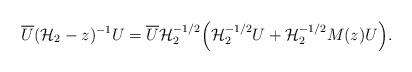
LaTeX: \begin{align*}\overline{U} (\mathcal{H}_{2} - z)^{-1} U = \overline{U} \mathcal{H}_{2}^{-1/2} \Big( \mathcal{H}_{2}^{-1/2} U + \mathcal{H}_{2}^{-1/2} M(z) U \Big).\end{align*}